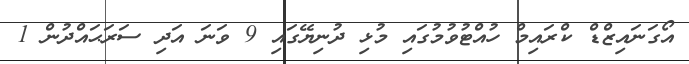
އޯގަނައިޒްޑް ކްރައިމް ހުއްޓުވުމުގައި މުޅި ދުނިޔޭގައި 9 ވަނަ އަދި ސަރަޙައްދުން 1